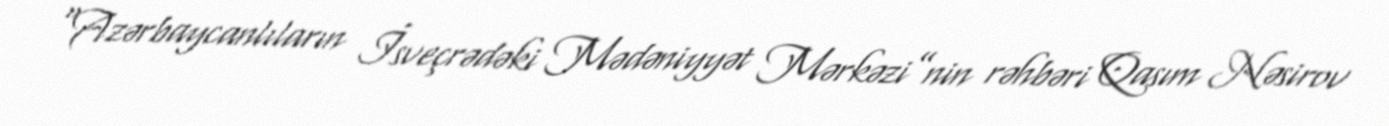
“Azərbaycanlıların İsveçrədəki Mədəniyyət Mərkəzi”nin rəhbəri Qasım Nəsirov